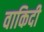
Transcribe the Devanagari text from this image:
वाकिदी